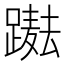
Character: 𨅫